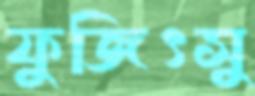
ফুজিৎসু